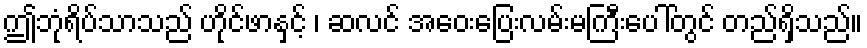
ဤဘုံရိပ်သာသည် ဟိုင်ဖာနှင့် ၊ ဆလင် အဝေးပြေးလမ်းမကြီးပေါ်တွင် တည်ရှိသည်။